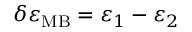
\delta \varepsilon _ { \mathrm { M B } } = \varepsilon _ { 1 } - \varepsilon _ { 2 }